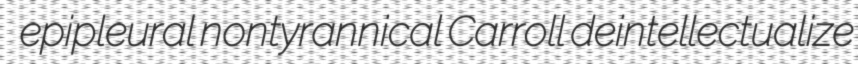
epipleural nontyrannical Carroll deintellectualize